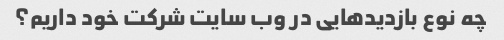
چه نوع بازدیدهایی در وب سایت شرکت خود داریم؟